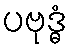
ပဗုဒ္ဓံ